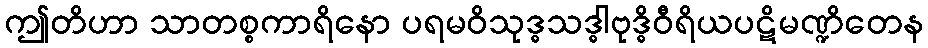
ဤတိဟာ သာတစ္စကာရိနော ပရမဝိသုဒ္ဓသဒ္ဓါဗုဒ္ဓိဝီရိယပဋိမဏ္ဍိတေန